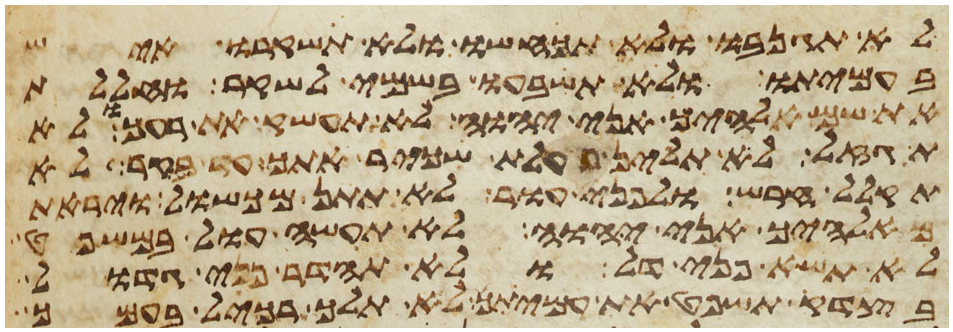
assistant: לא תגנבו ולא תכחשו ולא תשקרו איש
בעמיתו ולא תשבעו בשמי לשקר וחללת
את שם אלהיך אני יהוה לא תעשק את רעך ולא
תגזל לא תלין פעלת שכיר אתך עד בקר לא
תקלל חרש ולפני עור לא תתן מכשול ויראת
מאלהיך אני יהוה לא תעשה עול במשפט
לא תשא פני דל ולא תהדר פני גדול
בצדק תשפט את עמיתך לא תלך רכיל בעמך